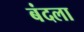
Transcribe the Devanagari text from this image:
बंदला